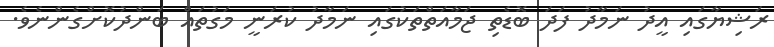
ރަޝިޔާގައި އީދު ނަމާދު ފަދަ ބޮޑެތި ޖަމާއަތްތަކުގައި ނަމާދު ކުރަނީ މަގުތައް ބަންދުކޮށްގެންނެވެ.